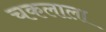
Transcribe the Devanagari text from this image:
चकलाला